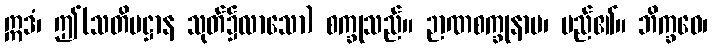
ဣဒံ၊ ဤ(သတိပဋ္ဌာန သုတ်၌လာသော) စက္ခုသည်။ ဉာဏစက္ခုနာမ၊ မည်၏။ ဘိက္ခဝေ၊